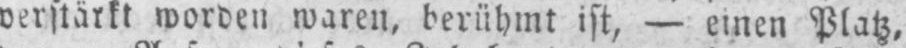
verstärkt worden waren, berühmt ist, - einen Platz,